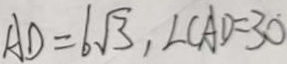
A D = 6 \sqrt { 3 } , \angle C A D = 3 0